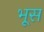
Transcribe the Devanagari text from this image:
भूस